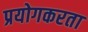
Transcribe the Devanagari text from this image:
प्रयोगकरता